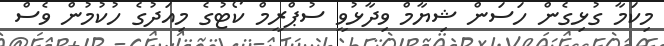
މިކަމާ ގުޅިގެން ހަސަން ޝިޔާމް ވިދާޅުވީ ސުޕްރީމް ކޯޓުގެ މިއަދުގެ ހުކުމުން ވެސް